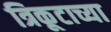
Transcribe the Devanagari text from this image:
त्रिकूटाच्या